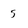
Character: 5